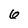
Character: 6